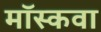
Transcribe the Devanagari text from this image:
मॉस्कवा